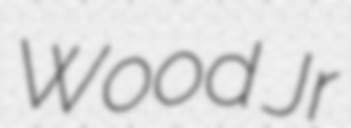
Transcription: Wood Jr